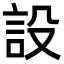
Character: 設